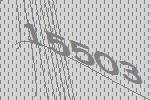
15503